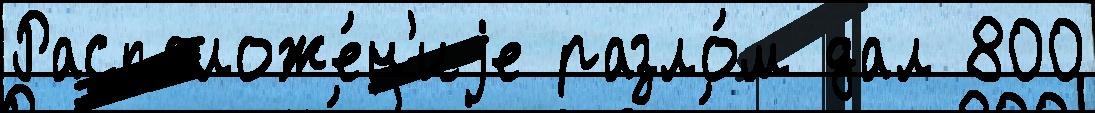
Расположе́н'иjе разло́м дал 800